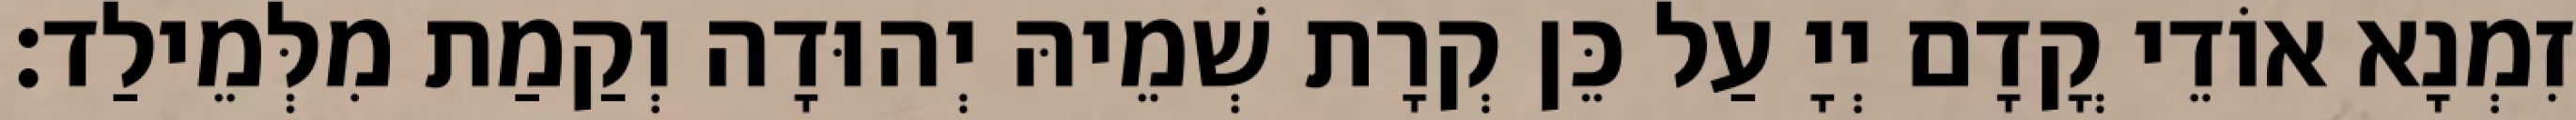
זִמְנָא אוֹדֵי קֳדָם יְיָ עַל כֵּן קְרָת שְׁמֵיהּ יְהוּדָה וְקַמַת מִלְּמֵילַד׃